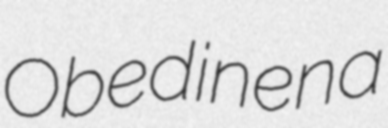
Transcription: Obedinena